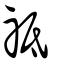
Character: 祗